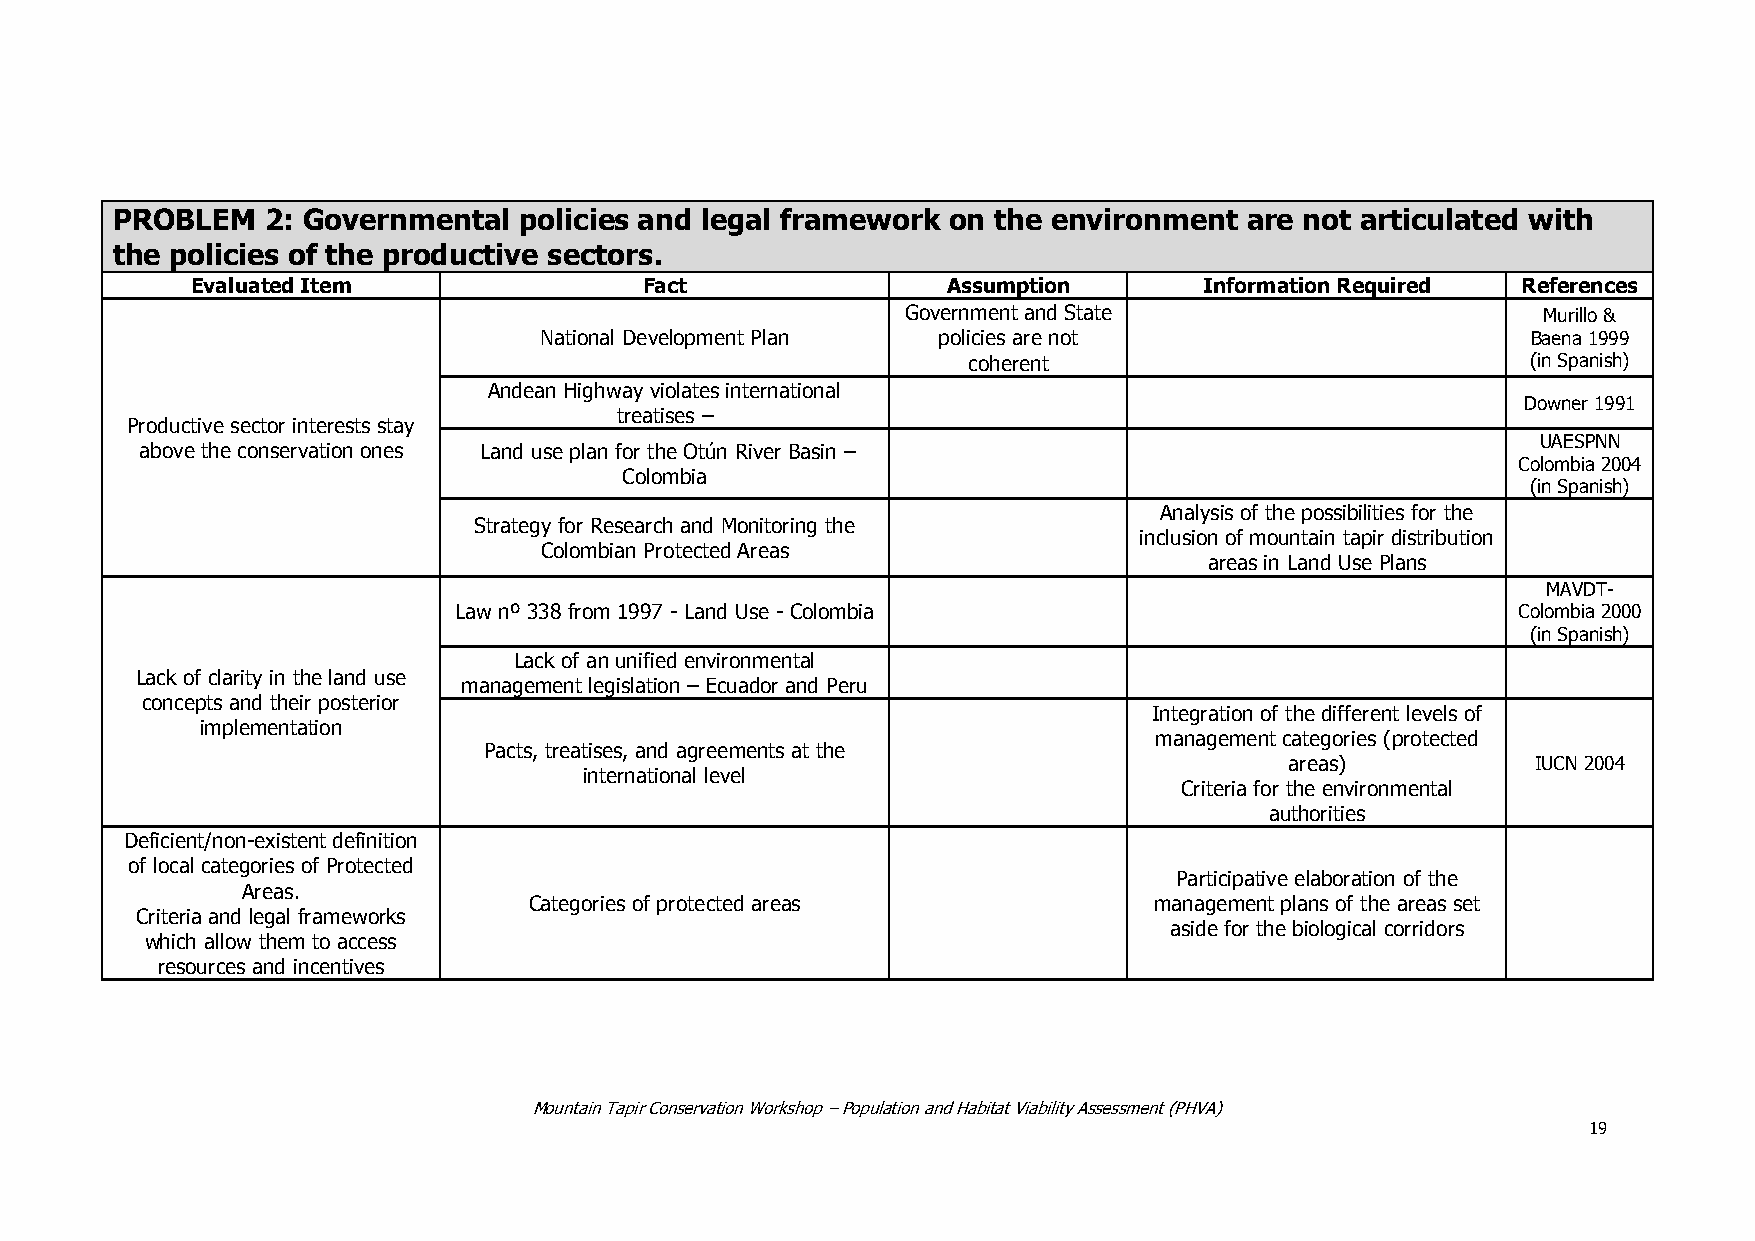
PROBLEM    2: Governmental policies and legal framework on the environment are not articulated with
 the policies of the productive sectors.
 Evaluated Item                Fact                Assumption       Information Required References
 Government and State                      Murillo &
 National Development Plan policies are not                       Baena 1999
 coherent                             (in Spanish)
 Andean Highway violates international
 Downer 1991
 treatises –
 Productive sector interests stay
 UAESPNN
 above the conservation ones Land use plan for the Otún River Basin –
 Colombia 2004
 Colombia
 (in Spanish)
 Analysis of the possibilities for the
 Strategy for Research and Monitoring the
 inclusion of mountain tapir distribution
 Colombian Protected Areas
 areas in Land Use Plans
 MAVDT-
 Law nº 338 from 1997 - Land Use - Colombia                            Colombia 2000
 (in Spanish)
 Lack of an unified environmental
 Lack of clarity in the land use
 management legislation – Ecuador and Peru
 concepts and their posterior
 Integration of the different levels of
 implementation
 management categories (protected
 Pacts, treatises, and agreements at the
 areas)           IUCN 2004
 international level
 Criteria for the environmental
 authorities
 Deficient/non-existent definition
 of local categories of Protected
 Participative elaboration of the
 Areas.
 Categories of protected areas            management plans of the areas set
 Criteria and legal frameworks
 aside for the biological corridors
 which allow them to access
 resources and incentives
 Mountain Tapir Conservation Workshop – Population and Habitat Viability Assessment (PHVA)
 19